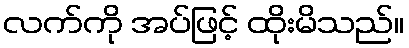
လက်ကို အပ်ဖြင့် ထိုးမိသည်။